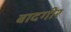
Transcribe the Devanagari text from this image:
बादगीर